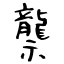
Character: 龒